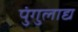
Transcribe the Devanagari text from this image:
पुंगुलाद्य